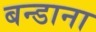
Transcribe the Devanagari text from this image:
बन्डाना